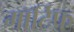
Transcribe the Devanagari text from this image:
मॉर्टिफ